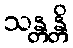
သန္တန္တိ